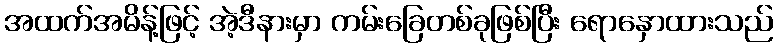
အထက်အမိန့်ဖြင့် အဲ့ဒီနားမှာ ကမ်းခြေတစ်ခုဖြစ်ပြီး ရောနှောထားသည်